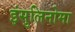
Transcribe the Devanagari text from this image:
इंसुलिनोमा